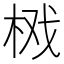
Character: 𱣘